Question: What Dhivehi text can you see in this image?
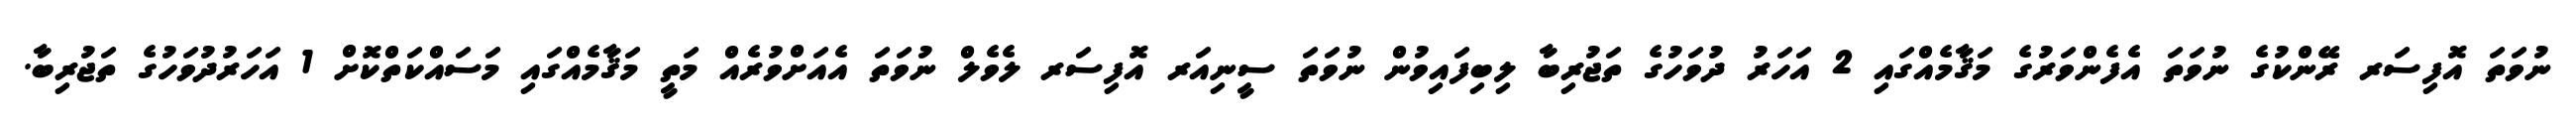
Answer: ނުވަތަ އޮފިސަރ ރޭންކުގެ ނުވަތަ އެފެންވަރުގެ މަޤާމެއްގައި 2 އަހަރު ދުވަހުގެ ތަޖުރިބާ ލިބިފައިވުން ނުވަތަ ސީނިއަރ އޮފިސަރ ލެވެލް ނުވަތަ އެއަށްވުރެއް މަތީ މަޤާމެއްގައި މަސައްކަތްކޮށް 1 އަހަރުދުވަހުގެ ތަޖުރިބާ.